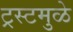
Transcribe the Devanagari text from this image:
ट्रस्टमुळे